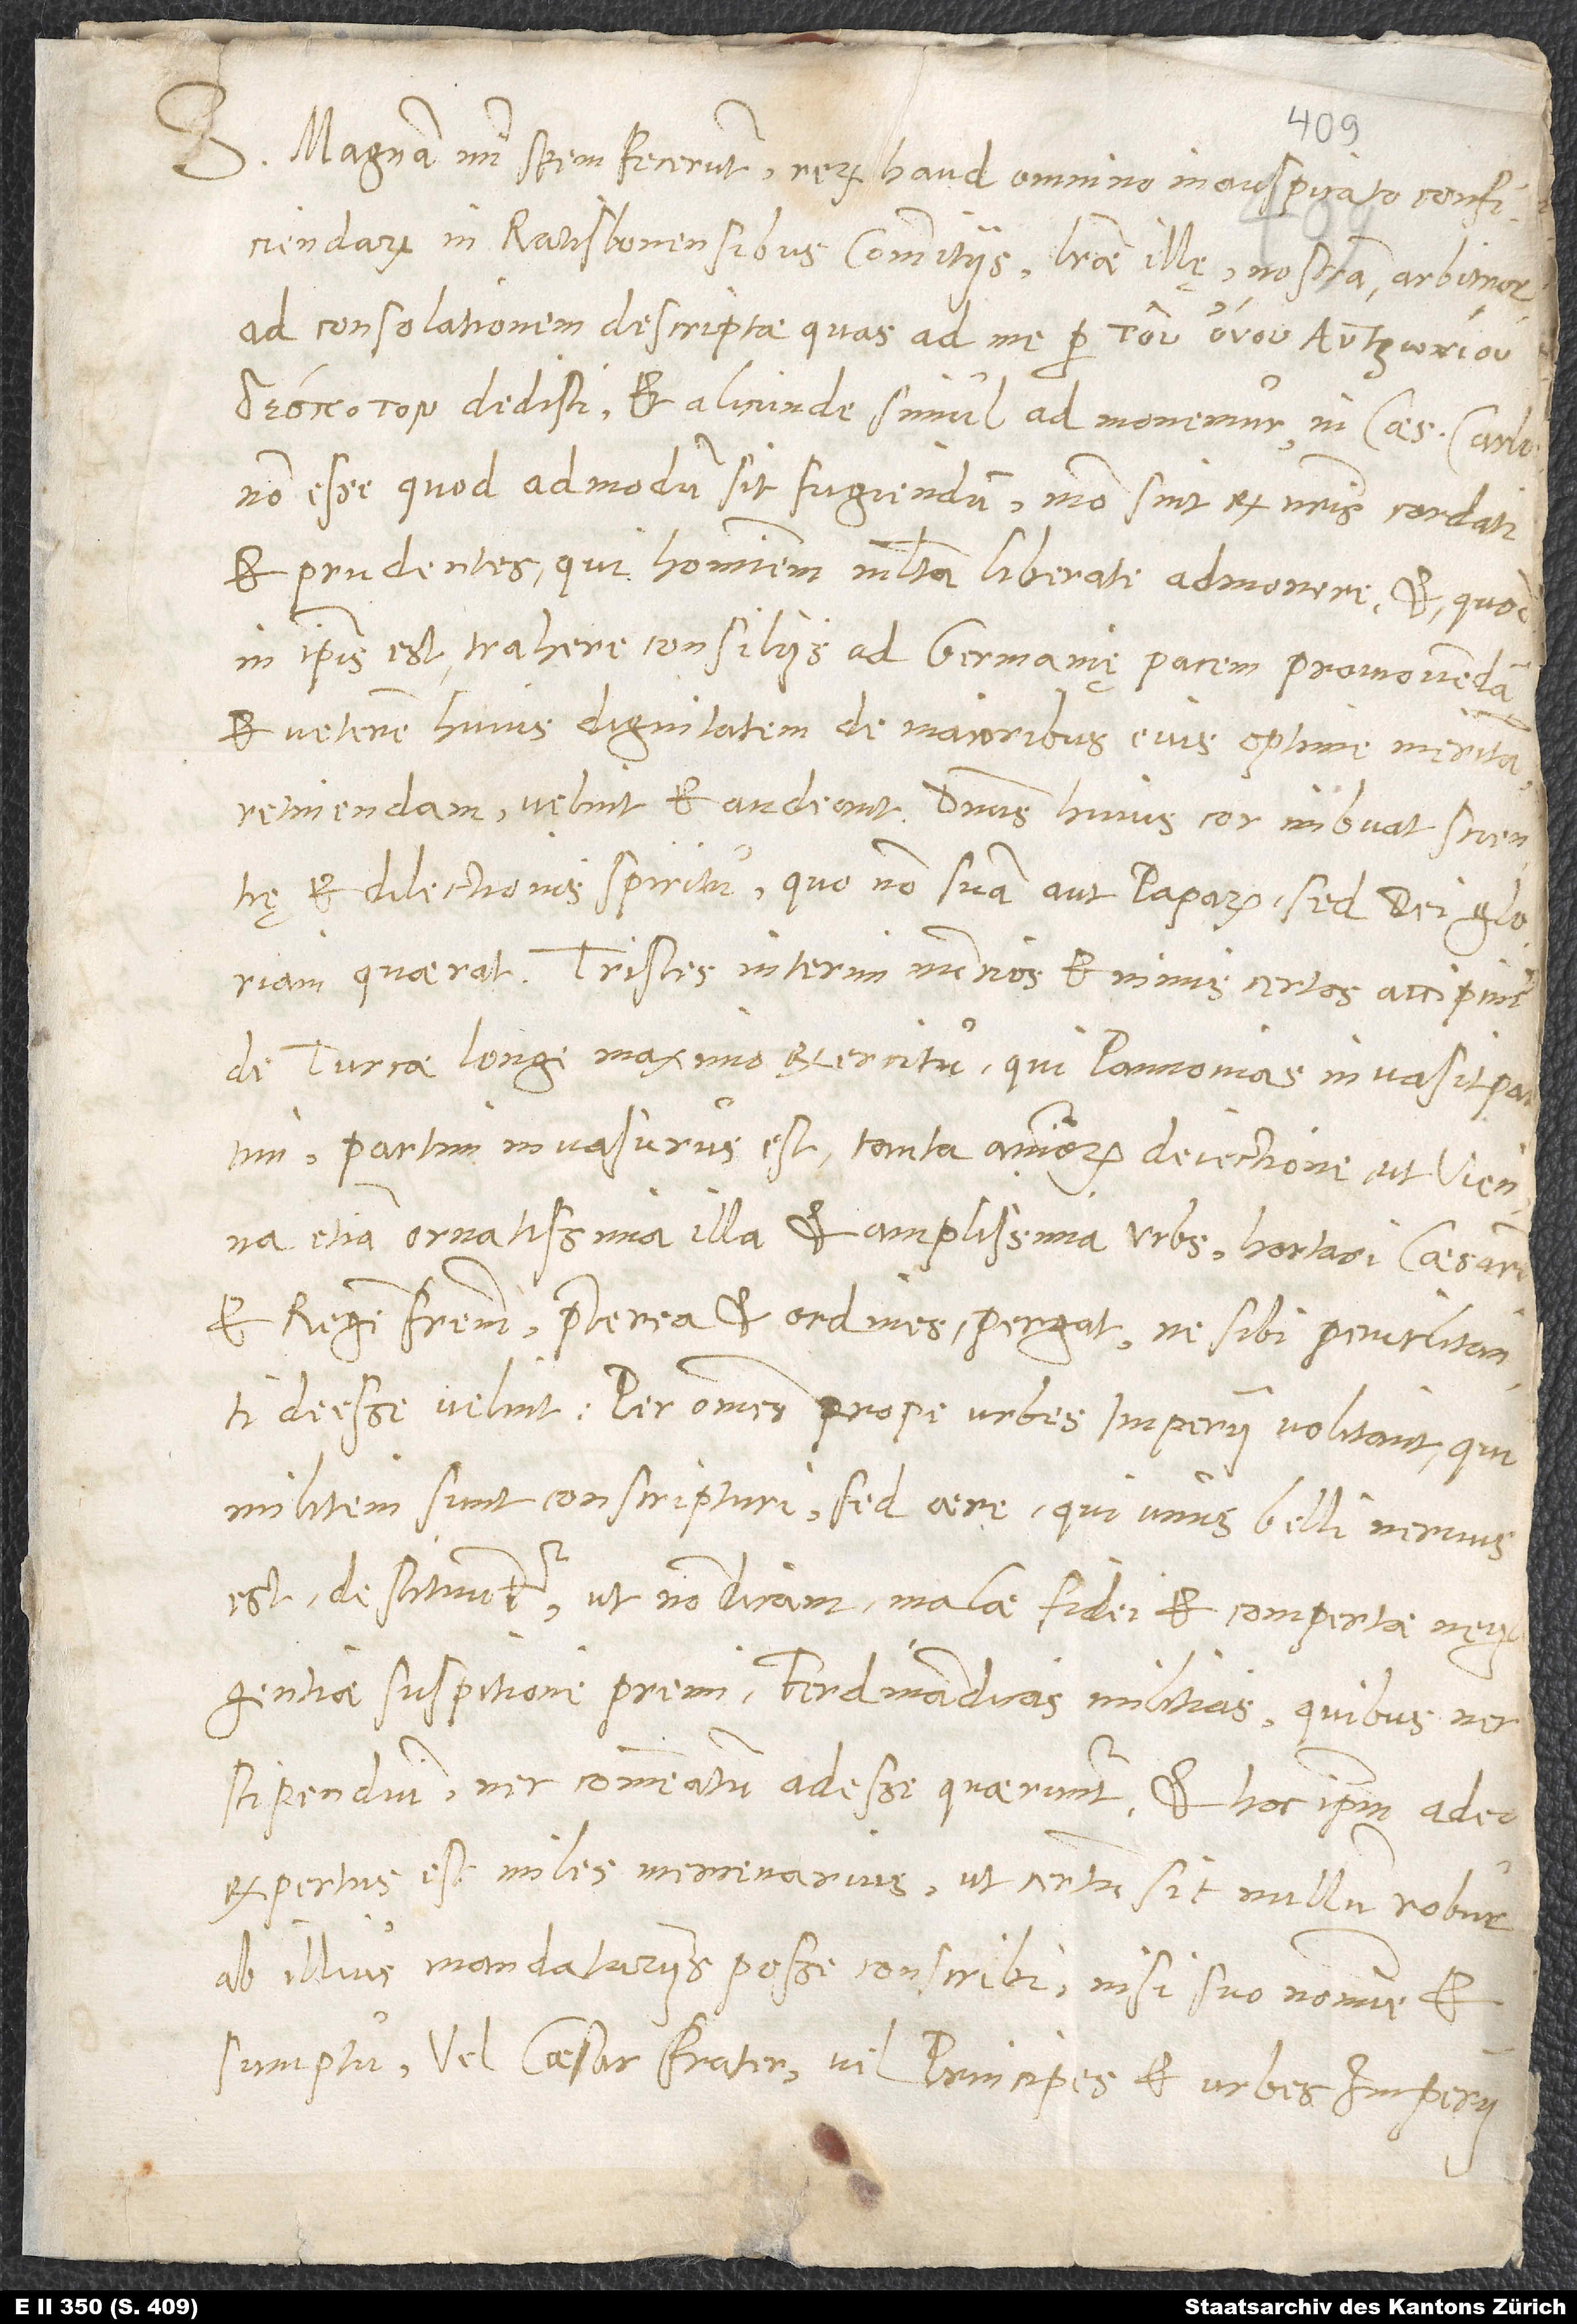
S. Magnam mihi spem fecerunt rerum haud omnino inauspicato conficiendarum
in Ratisbonensibus comitiis literae illȩ, nostram, arbitror,
ad consolationem descriptae, quas ad me per
dedisti. Et alicunde simul admonemur in Caesare Carlo
non esse, quod admodum sit fugiendum, modo sint ex nostris cordati
et prudentes, qui hominem multa liber(t)ate admonere et, quod
in ipsis est, trahere consiliis ad Germaniȩ pacem promovendam
et veterem huius dignitatem, de maioribus eius optime meritam,
retinendam velint et audeant. Dominus huius cor imbuat scientiȩ
et dilectionis spiritu, quo non suam aut paparum, sed dei gloriam
quaerat. Tristes interim nuntios et nimis certos accipimus
de Turcae longe maximo exercitu, qui Pannonias invasit partim,
partim invasurus est tanta animorum deiectione, ut Vienna
etiam, ornatissima illa et amplissima urbs, hortari Caesarem
et regem fratrem, praeterea et ordines pergat, ne sibi periclitanti
deesse velint. Per omnes prope urbes imperii volitant, qui
militem sunt conscripturi; sed aere, qui unus belli nervus
est, destituuntur, ut non dicam, malae fidei et compertae negligentiae
suspicione premi Ferdinandicas militias, quibus nec
stipendium nec commeatum adesse queruntur. Et hoc ipsum adeo
expertus est miles mercennarius, ut certum sit, nullum robur
ab illius mandatariis posse conscribi, nisi suo nomine et
sumptu vel Caesar frater vel principes et urbes imperii